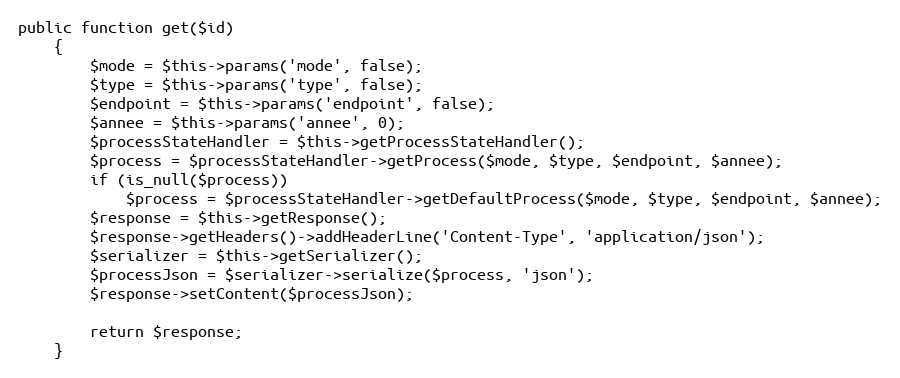
Language: PHP
public function get($id)
    {
        $mode = $this->params('mode', false);
        $type = $this->params('type', false);
        $endpoint = $this->params('endpoint', false);
        $annee = $this->params('annee', 0);
        $processStateHandler = $this->getProcessStateHandler();
        $process = $processStateHandler->getProcess($mode, $type, $endpoint, $annee);
        if (is_null($process))
            $process = $processStateHandler->getDefaultProcess($mode, $type, $endpoint, $annee);
        $response = $this->getResponse();
        $response->getHeaders()->addHeaderLine('Content-Type', 'application/json');
        $serializer = $this->getSerializer();
        $processJson = $serializer->serialize($process, 'json');
        $response->setContent($processJson);

        return $response;
    }